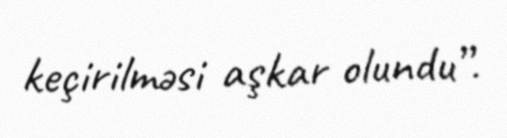
keçirilməsi aşkar olundu”.